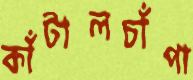
কাঁটালচাঁপা